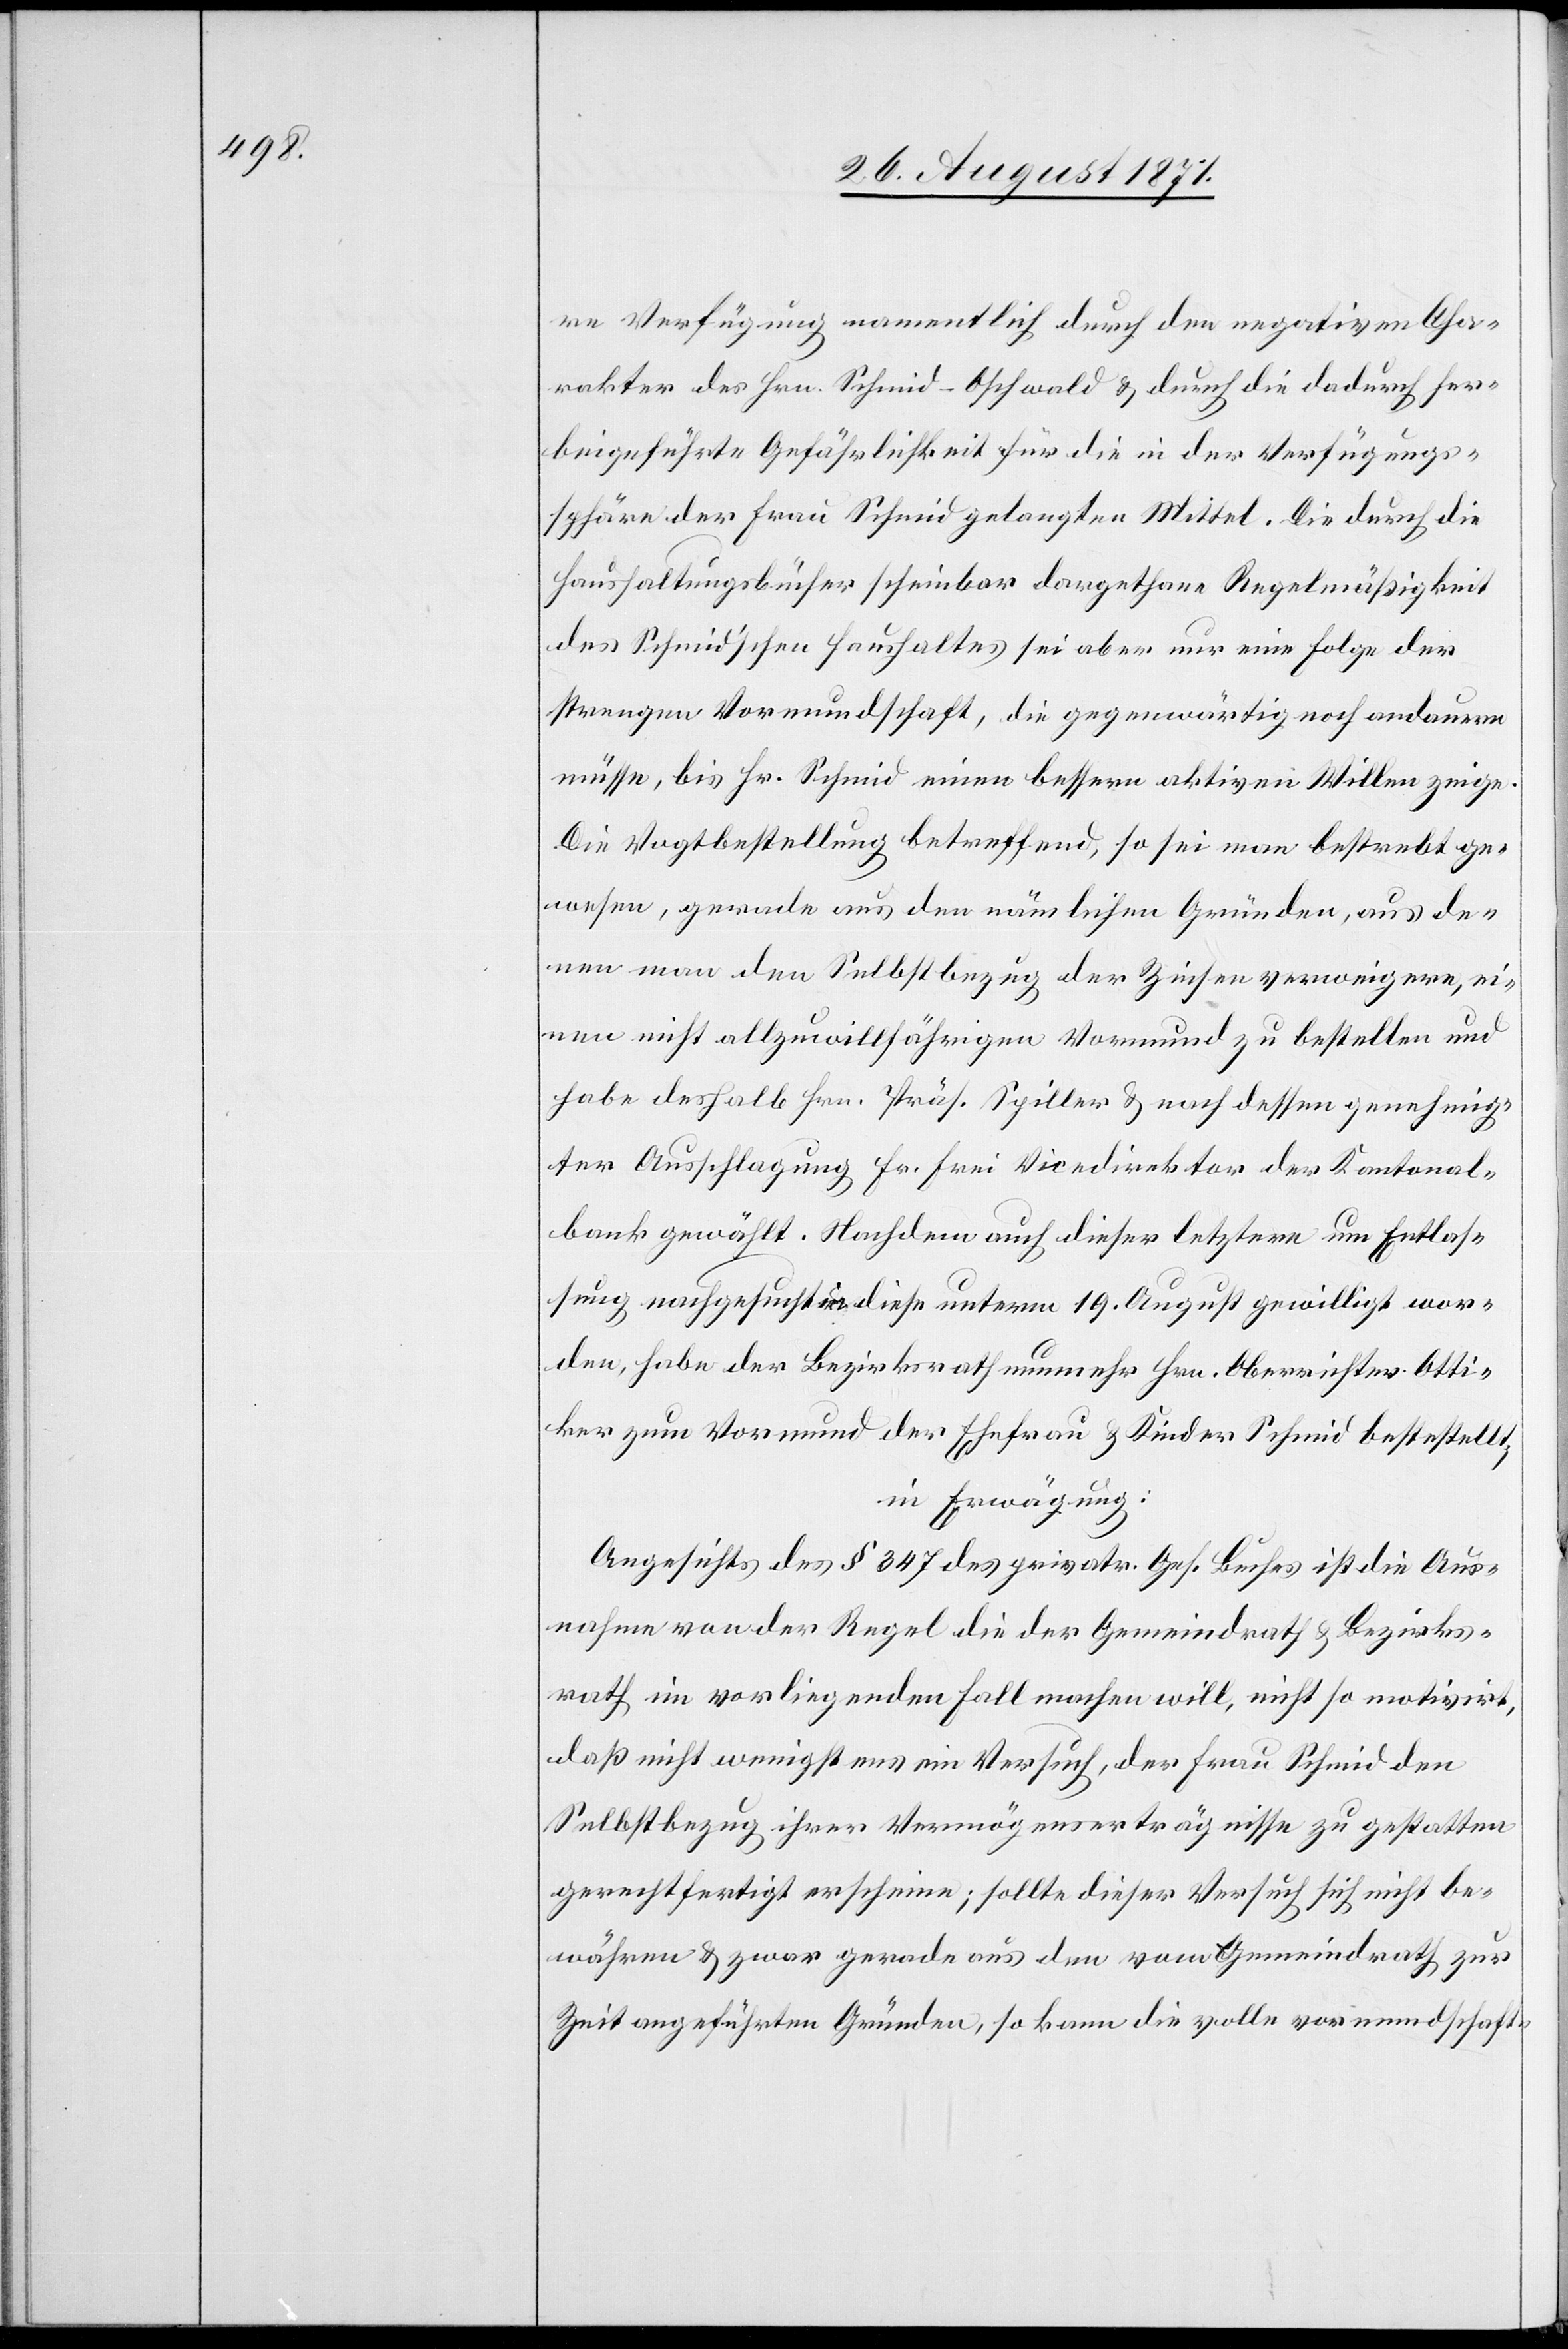
re Verfügung namentlich durch den negativen Cha¬
rakter des Hrn. Schmid-Oschwald & durch die dadurch her¬
beigeführte Gefährlichkeit für die in der Verfügungs¬
sphäre der Frau Schmid gelangten Mittel. Die durch die
Haushaltungsbücher scheinbar dargethane Regelmäßigkeit
des Schmid’schen Haushaltes sei aber nur eine Folge der
strengen Vormundschaft, die gegenwärtig noch andauern
müsse, bis Hr. Schmid einen bessern aktiven Willen zeige.
Die Vogtbestellung betreffend, so sei man bestrebt ge¬
wesen, gerade aus den nämlichen Gründen, aus de¬
nen man den Selbstbezug der Zinsen verweigere, ei¬
nen nicht allzuwillfährigen Vormund zu bestellen und
habe deshalb Hrn. Präs. Spiller & nach dessen genehmig¬
ter Ausschlagung Fr. [recte: Hr.] Frei Vicedirektor der Kantonal¬
bank gewählt. Nachdem auch dieser letztere um Entlas¬
sung nachgesucht & diese unterm 19. August gewilligt wor¬
den, habe der Bezirksrath nunmehr Hrn. Oberrichter Otti¬
ker zum Vormund der Ehefrau & Kinder Schmid bestestellt,
in Erwägung:
Angesichts des § 347 des privatr. Ges. Buches ist die Aus¬
nahme von der Regel die der Gemeindrath & Bezirks¬
rath im vorliegenden Fall machen will, nicht so motivirt,
daß nicht wenigstens ein Versuch, der Frau Schmid den
Selbstbezug ihrer Vermögenserträgnisse zu gestatten
gerechtfertigt erscheine; sollte dieser Versuch sich nicht be¬
währen & zwar gerade aus den vom Gemeindrath zur
Zeit angeführten Gründen, so kann die volle vormundschaft-